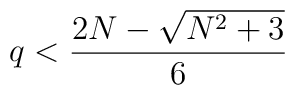
q < {{2N - \sqrt{N^2+3}}\over 6}